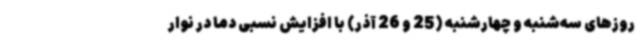
روزهای سه‌شنبه و چهارشنبه (25 و 26 آذر) با افزایش نسبی دما در نوار